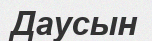
Даусын